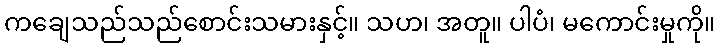
ကချေသည်သည်စောင်းသမားနှင့်။ သဟ၊ အတူ။ ပါပံ၊ မကောင်းမှုကို။